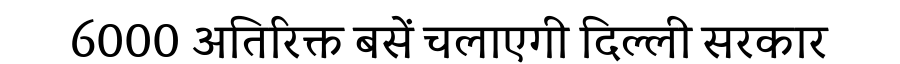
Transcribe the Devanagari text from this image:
6000 अतिरिक्त बसें चलाएगी दिल्ली सरकार